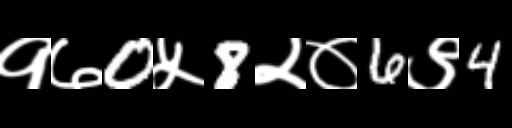
Text: १७0५8२०6९4